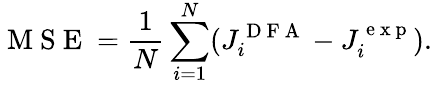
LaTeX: \mathrm{~M~S~E~}=\frac{1}{N}\sum_{i=1}^{N}(J_{i}^{\mathrm{~D~F~A~}}-J_{i}^{\mathrm{~e~x~p~}}).